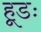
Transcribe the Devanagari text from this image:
हूडः